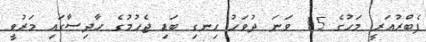
ފެބްރުއަރީ މަހުގެ 15 ވަނަ ދުވަހު ހިނގި ބަޑި ޖެހުމުގެ ހާދިސާގައި މަރުވީ